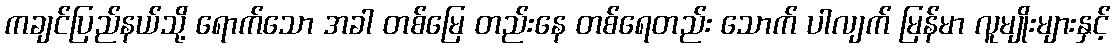
ကချင်ပြည်နယ်သို့ ရောက်သော အခါ တစ်မြေ တည်းနေ တစ်ရေတည်း သောက် ပါလျက် မြန်မာ လူမျိုးများနှင့်